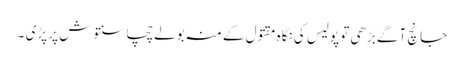
جانچ آگے بڑھی تو پولیس کی نگاہ مقتول کے منہ بولے چچا سنتوش پر پڑی ۔